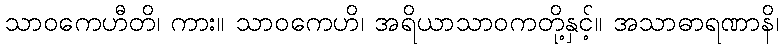
သာဝကေဟီတိ၊ ကား။ သာဝကေဟိ၊ အရိယာသာဝကတို့နှင့်။ အသာဓာရဏာနိ၊